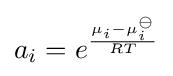
a_{i}=e^{\frac {\mu _{i}-\mu _{i}^{\ominus }}{RT}}